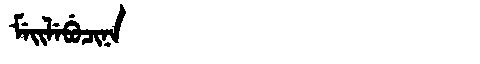
Manchu: ᠮᡝᡳᠯᡝᠪᡠᠴᡳᠨᠠ
Romanization: MEILEBUCINA